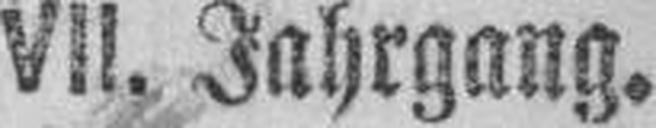
VII. Jahrgang.